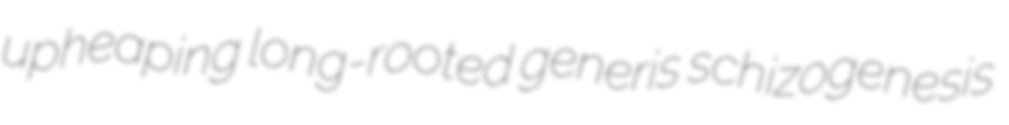
upheaping long-rooted generis schizogenesis